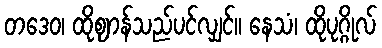
တဒေဝ၊ ထိုဈာန်သည်ပင်လျှင်။ နေသံ၊ ထိုပုဂ္ဂိုလ်